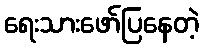
ရေးသားဖော်ပြနေတဲ့